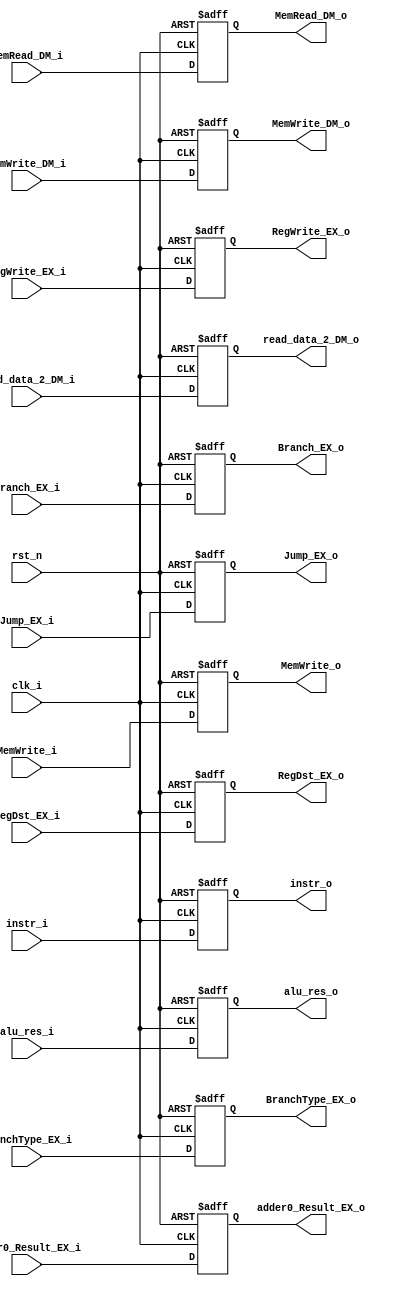
module EX( clk_i, rst_n, instr_i, instr_o , alu_res_i , alu_res_o , 
			read_data_2_DM_i ,read_data_2_DM_o ,
			MemRead_DM_i , MemRead_DM_o, 
			MemWrite_DM_i , MemWrite_DM_o,
			MemWrite_i , MemWrite_o ,
			adder0_Result_EX_i , adder0_Result_EX_o ,
			BranchType_EX_i , BranchType_EX_o ,
			Jump_EX_i , Jump_EX_o ,
			Branch_EX_i , Branch_EX_o ,
			RegDst_EX_i ,RegDst_EX_o ,
			RegWrite_EX_i , RegWrite_EX_o
			);
     
//I/O ports
input           clk_i;
input	        rst_n;
input  [32-1:0] instr_i;
input  [31:0] alu_res_i;

input [31:0]read_data_2_DM_i ;
input MemRead_DM_i ;
input MemWrite_DM_i ;
input [1:0]MemWrite_i ;
input [31:0]adder0_Result_EX_i;
input BranchType_EX_i ;
input Jump_EX_i ;
input Branch_EX_i ;
input [1:0]RegDst_EX_i ;
input RegWrite_EX_i ;

output [32-1:0] instr_o;
output [31:0] alu_res_o;

output [31:0]read_data_2_DM_o ;
output MemRead_DM_o ;
output MemWrite_DM_o ;
output [1:0]MemWrite_o ;
output [31:0]adder0_Result_EX_o;
output BranchType_EX_o;
output Jump_EX_o ;
output Branch_EX_o;
output [1:0]RegDst_EX_o ;
output RegWrite_EX_o ;
 
//Internal Signals
reg    [32-1:0] instr_o;
reg		[31:0] alu_res_o ;

reg [31:0]read_data_2_DM_o ;
reg MemRead_DM_o ;
reg MemWrite_DM_o ;
reg [1:0]MemWrite_o ;
reg [31:0]adder0_Result_EX_o ;
reg BranchType_EX_o;
reg Jump_EX_o ;
reg Branch_EX_o;
reg [1:0]RegDst_EX_o ;
reg RegWrite_EX_o ;



//Main function
always @(posedge clk_i or negedge rst_n) begin
    if(~rst_n)begin
	    instr_o <= 0;
		alu_res_o <= 0;
		read_data_2_DM_o <= 0;
		MemRead_DM_o <= 0;
		MemWrite_DM_o <= 0;
		MemWrite_o <= 0 ;
		adder0_Result_EX_o <= 0;
		BranchType_EX_o <= 0;
		Jump_EX_o <= 0;
		Branch_EX_o <= 0;
		RegDst_EX_o <= 0;
		RegWrite_EX_o <= 0 ;
		
		end
	else
		begin
			instr_o <= instr_i;
			alu_res_o <= alu_res_i ;
			read_data_2_DM_o <= read_data_2_DM_i ;
			MemRead_DM_o <= MemRead_DM_i;
			MemWrite_DM_o <= MemWrite_DM_i;
			MemWrite_o <= MemWrite_i;
			adder0_Result_EX_o <= adder0_Result_EX_i ;
			BranchType_EX_o <= BranchType_EX_i ;
			Jump_EX_o <= Jump_EX_i ;	
			Branch_EX_o <= Branch_EX_i ;
			RegDst_EX_o <= RegDst_EX_i ;
			RegWrite_EX_o <= RegWrite_EX_i ;
		end
end

endmodule